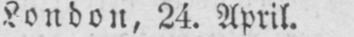
London, 24. April.